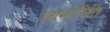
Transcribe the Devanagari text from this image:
लाभार्जित